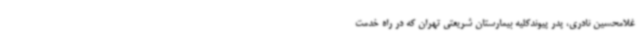
غلامحسین نادری، پدر پیوندکلیه بیمارستان شریعتی تهران که در راه خدمت